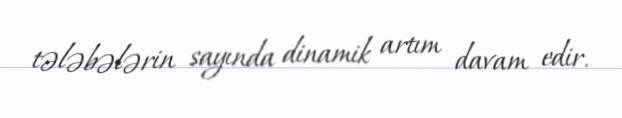
tələbələrin sayında dinamik artım davam edir.